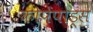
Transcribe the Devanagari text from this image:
कोपेपोड्स